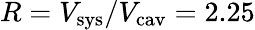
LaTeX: R=V_{\mathrm{sys}}/V_{\mathrm{cav}}=2.25